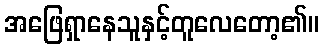
အဖြေရှာနေသူနှင့်တူလေတော့၏။